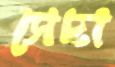
সেদা